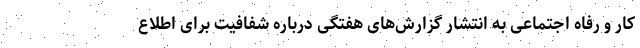
کار و رفاه اجتماعی به انتشار گزارش‌های هفتگی درباره شفافیت برای اطلاع